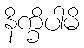
နိက္ခိပါမိ